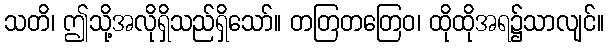
သတိ၊ ဤသို့အလိုရှိသည်ရှိသော်။ တတြတတြေဝ၊ ထိုထိုအရ၌သာလျင်။